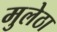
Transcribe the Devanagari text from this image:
मुलेठा